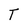
Character: T